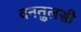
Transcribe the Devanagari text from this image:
वनतुलसी